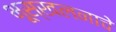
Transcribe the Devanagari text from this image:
भूस्खलनाचे